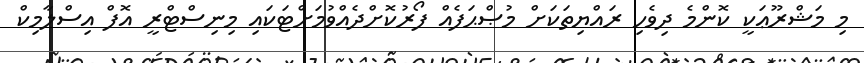
މި މަޝްރޫޢަކީ ކޮންމެ ދިވެހި ރައްޔިތަކަށް މުޞްޙަފެއް ފޯރުކޮށްދެއްވުމަށްޓަކައި މިނިސްޓްރީ އޮފް އިސްލާމިކް